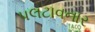
પલટાવનાર